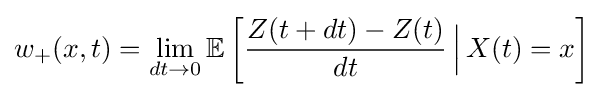
w_{+}(x,t)=\lim _{dt\rightarrow 0}\mathbb {E} \left[{\frac {Z(t+dt)-Z(t)}{dt}}\,{\Big |}\,X(t)=x\right]